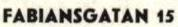
FABIANSGATAN 15